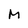
Character: M